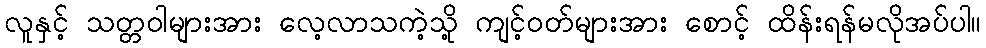
လူနှင့် သတ္တဝါများအား လေ့လာသကဲ့သို့ ကျင့်ဝတ်များအား စောင့် ထိန်းရန်မလိုအပ်ပါ။